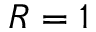
R = 1